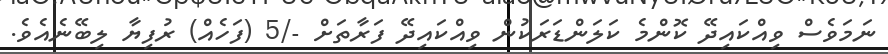
ނަމަވެސް ވިއްކައިދޭ ކޮންމެ ކަލަންޑަރަކުން ވިއްކައިދޭ ފަރާތަށް -/5 (ފަހެއް) ރުފިޔާ ލިބޭނެއެވެ.